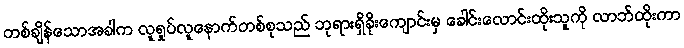
တစ်ချိန်သောအခါက လူရှုပ်လူနောက်တစ်စုသည် ဘုရားရှိခိုးကျောင်းမှ ခေါင်းလောင်းထိုးသူကို လာဘ်ထိုးကာ